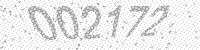
Solution: 002172